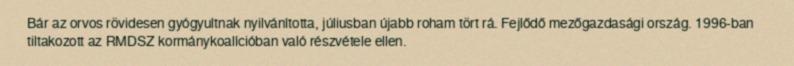
Bár az orvos rövidesen gyógyultnak nyilvánította, júliusban újabb roham tört rá. Fejlődő mezőgazdasági ország. 1996-ban tiltakozott az RMDSZ kormánykoalícióban való részvétele ellen.